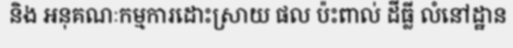
និង អនុគណៈកម្មការដោះស្រាយ ផល ប៉ះពាល់ ដីធ្លី លំនៅដ្ឋាន